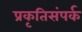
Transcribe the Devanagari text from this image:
प्रकृतिसंपर्क